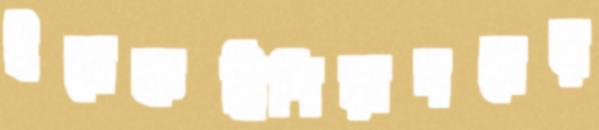
ইলেকট্রিশিয়ানদের